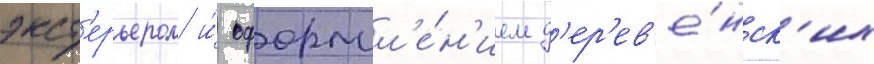
экст'ерьером и́ оформл'е́н'ием д'ер'ев'е́нск'их